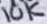
Text: 10K